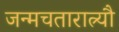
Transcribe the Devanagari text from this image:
जन्मचतारात्र्यौ